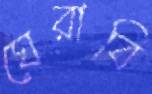
ঘেরাবি